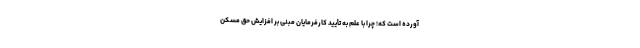
آورده است که؛ چرا با علم به تأیید کارفرمایان مبنی بر افزایش حق مسکن